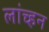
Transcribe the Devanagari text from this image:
लांच्हन